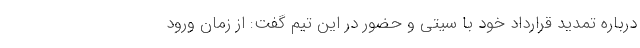
درباره تمدید قرارداد خود با سیتی و حضور در این تیم گفت: ‌از زمان ورود